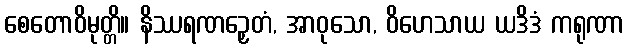
စေတောဝိမုတ္တိ။ နိဿရဏဉှေတံ, အာဝုသော, ဝိဟေသာယ ယဒိဒံ ကရုဏာ